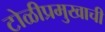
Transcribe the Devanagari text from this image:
टोळीप्रमुखाची